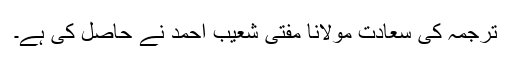
ترجمہ کی سعادت مولانا مفتی شعیب احمد نے حاصل کی ہے۔